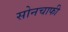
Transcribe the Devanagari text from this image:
सोनचाफी